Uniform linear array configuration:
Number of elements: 12
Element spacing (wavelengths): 0.25
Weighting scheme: exponential
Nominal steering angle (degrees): -30
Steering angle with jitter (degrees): -31.491
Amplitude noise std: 0.05
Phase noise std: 0.05

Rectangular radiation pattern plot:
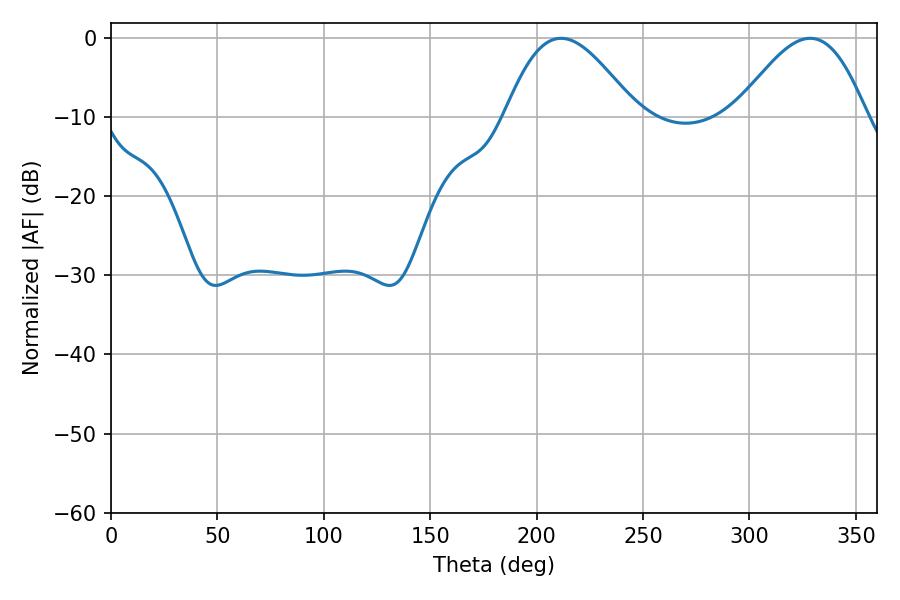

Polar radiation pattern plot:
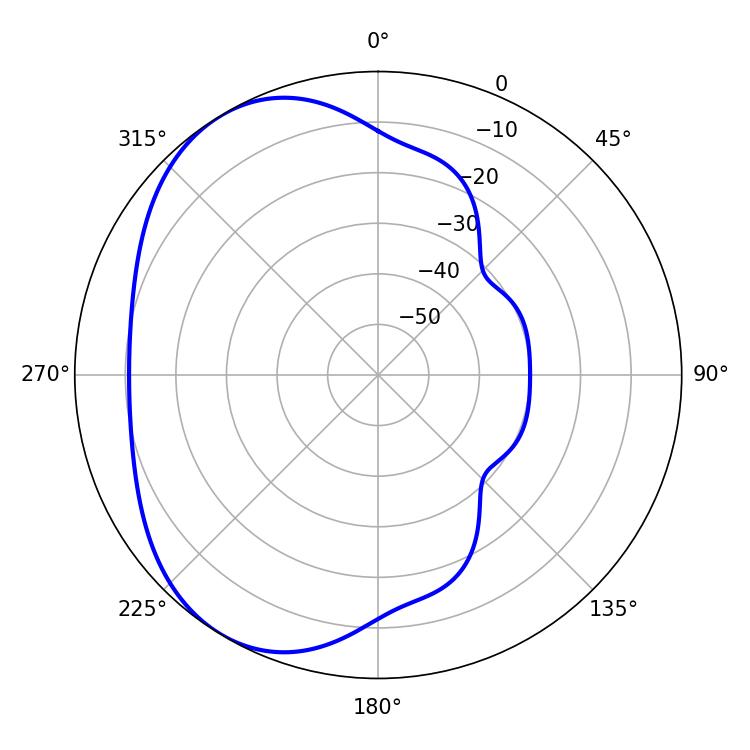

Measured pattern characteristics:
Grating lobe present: FALSE
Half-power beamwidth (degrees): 33.12
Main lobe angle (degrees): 211.5